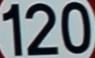
120